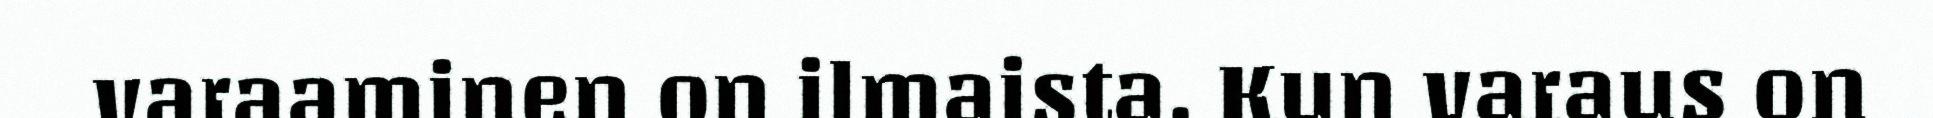
varaaminen on ilmaista. Kun varaus on